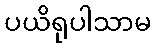
ပယိရုပါသာမ